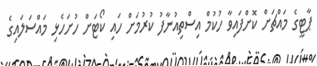
ޕާޓީގެ މައްޗަށް ކޮށްފައިވާ ހުކުމް އިސްތިއުނާފު ކުރުމަށް ހައި ކޯޓަށް ހުށަހެޅި މައްސަލައިގެ